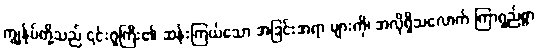
ကျွန်ုပ်တို့သည် ၎င်းဂူကြီး၏ ဆန်းကြယ်သော အခြင်းအရာ များကို၊ အလိုရှိသလောက် ကြာရှည်စွာ